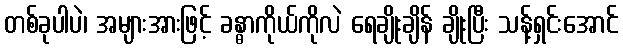
တစ်ခုပါပဲ၊ အများအားဖြင့် ခန္ဓာကိုယ်ကိုလဲ ရေချိုးချိန် ချိုးပြီး သန့်ရှင်းအောင်